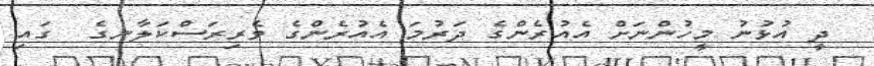
ދީ އުޅުނު މީހުންނަށް އެއުރެންގެ ދަރުމަ އެއުރެންގެ ވެރިރަސްކަލާނގެ  ގައި